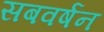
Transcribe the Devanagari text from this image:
सबवर्षन